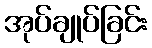
အုပ်ချုပ်ခြင်း